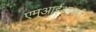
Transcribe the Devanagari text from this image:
एम्आईआरसी